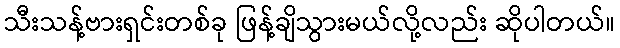
သီးသန့်ဗားရှင်းတစ်ခု ဖြန့်ချိသွားမယ်လို့လည်း ဆိုပါတယ်။